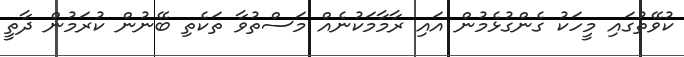
ކުވޭތުގައި މީހަކު ގެންގުޅެމުން އައި ރާމާމަކުނެއް މަސްތުވާ ތަކެތި ބޭނުން ކުރަމުން ދާތީ